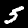
Label: 5